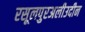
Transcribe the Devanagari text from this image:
रसूलपुरअलीउदीन